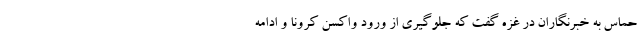
حماس به خبرنگاران در غزه گفت که جلوگیری از ورود واکسن کرونا و ادامه